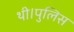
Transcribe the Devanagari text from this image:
थी।पुलिस